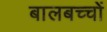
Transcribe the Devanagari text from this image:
बालबच्चों